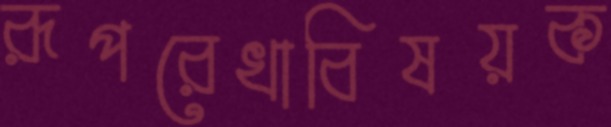
রূপরেখাবিষয়ক